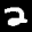
Label: 2